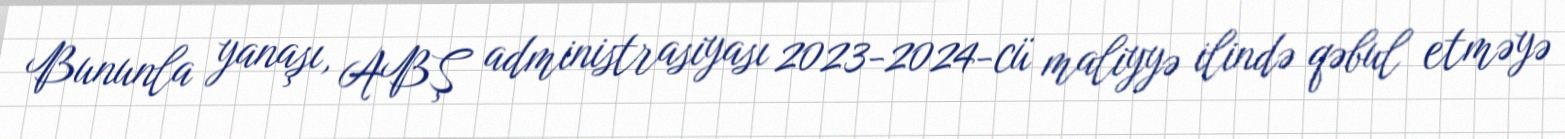
Bununla yanaşı, ABŞ administrasiyası 2023-2024-cü maliyyə ilində qəbul etməyə